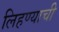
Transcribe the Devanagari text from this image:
लिहण्याची